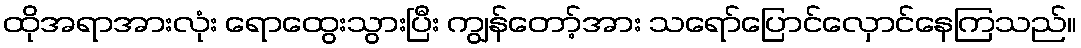
ထိုအရာအားလုံး ရောထွေးသွားပြီး ကျွန်တော့်အား သရော်ပြောင်လှောင်နေကြသည်။